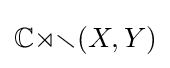
\mathbb {Cor} (X,Y)